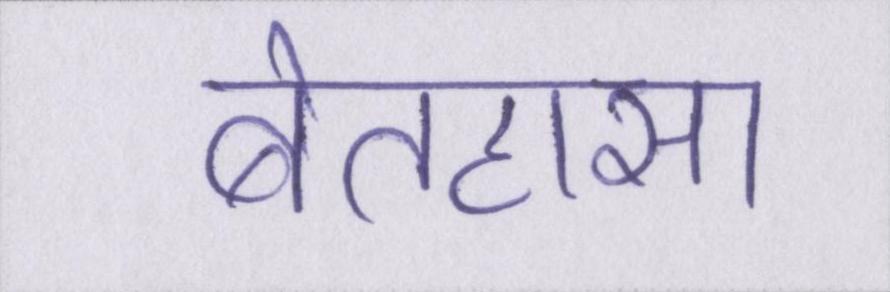
बेतहासा